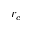
r _ { c }